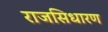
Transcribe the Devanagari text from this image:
राजसिधारण